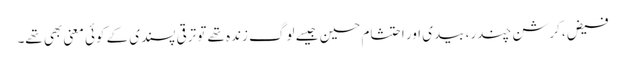
فیض، کرشن چندر، بیدی اور احتشام حسین جیسے لوگ زندہ تھے تو ترقی پسندی کے کوئی معنی بھی تھے۔